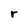
Character: r